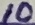
Text: 10